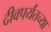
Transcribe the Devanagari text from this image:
दीवपर्यंतच्या